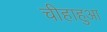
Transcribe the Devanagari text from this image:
चीहाहुआ